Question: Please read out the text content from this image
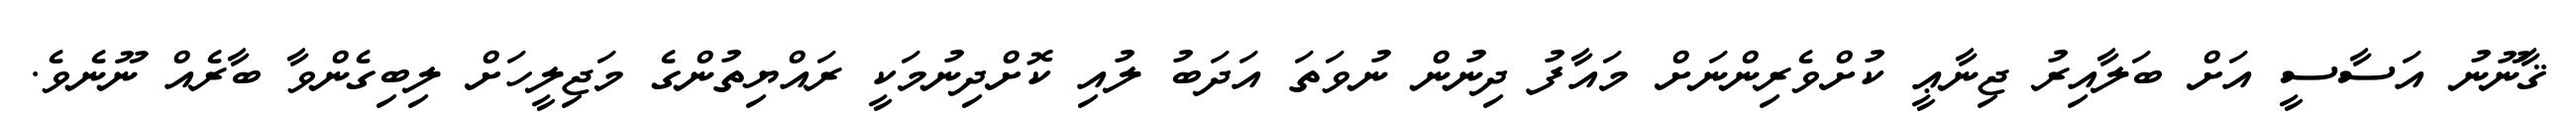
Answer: ޤާނޫނު އަސާސީ އަށް ބަލާއިރު ޖިނާޢީ ކުށްވެރިންނަށް މައާފު ދިނުން ނުވަތަ އަދަބު ލުއި ކޮށްދިނުމަކީ ރައްޔިތުންގެ މަޖިލީހަށް ލިބިގެންވާ ބާރެއް ނޫނެވެ.